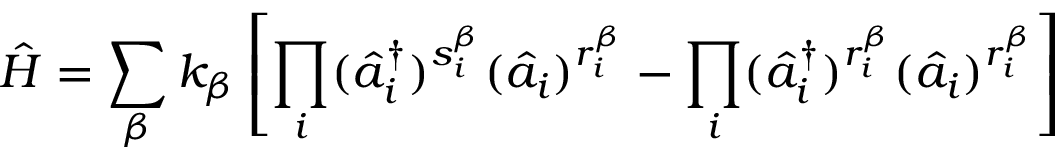
{ } \hat { H } = \sum _ { \beta } k _ { \beta } \left[ \prod _ { i } ( \hat { a } _ { i } ^ { \dagger } ) ^ { s _ { i } ^ { \beta } } ( \hat { a } _ { i } ) ^ { r _ { i } ^ { \beta } } - \prod _ { i } ( \hat { a } _ { i } ^ { \dagger } ) ^ { r _ { i } ^ { \beta } } ( \hat { a } _ { i } ) ^ { r _ { i } ^ { \beta } } \right]